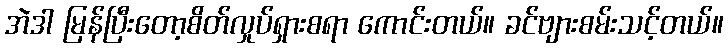
အဲဒါ မြန်ပြီးတော့စိတ်လှုပ်ရှားစရာ ကောင်းတယ်။ ခင်ဗျားစမ်းသင့်တယ်။